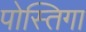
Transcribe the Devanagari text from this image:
पोस्तिगा